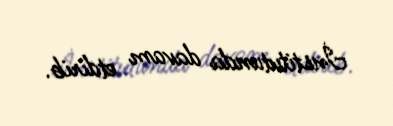
İnstitutunda davam etdirib.